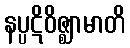
နပ္ပဋိဝိဇ္ဈာမာတိ